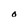
Character: 0